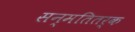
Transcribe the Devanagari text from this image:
सन्मतितर्क